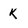
Character: k